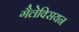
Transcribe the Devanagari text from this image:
गैलेक्सियन